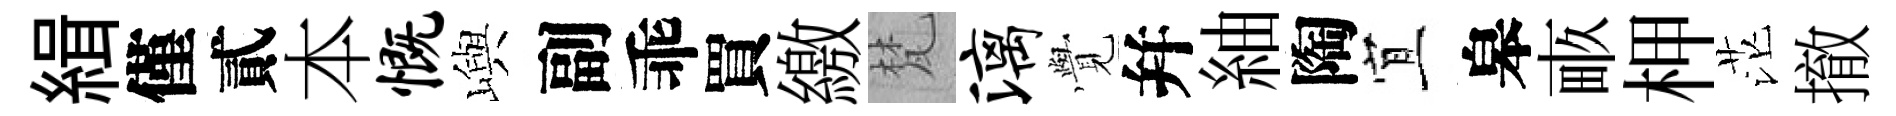
緝僅貳本慨嶼副乖買繳梵漓𮗜幷紬陶宜皋畞柙茫撤